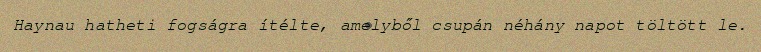
Haynau hatheti fogságra ítélte, amelyből csupán néhány napot töltött le.